Scottish Leaving Certificate Examination, 1960
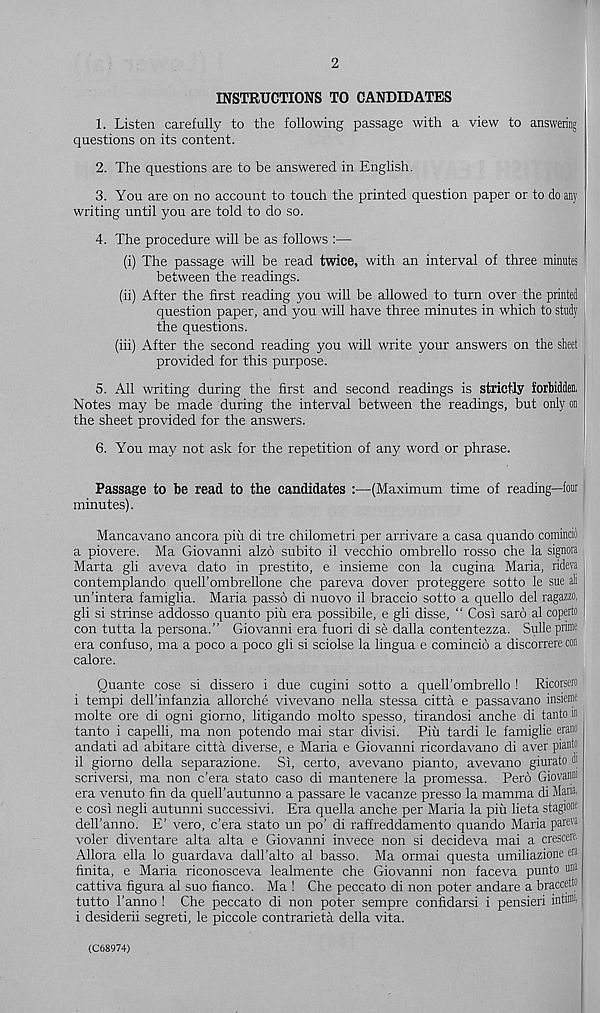
2
INSTRUCTIONS TO CANDIDATES
1. Listen carefully to the following passage with a view to answering
questions on its content.
2. The questions are to be answered in English.
3. You are on no account to touch the printed question paper or to do any
writing until you are told to do so.
4. The procedure will be as follows :—
(i) The passage will be read twice, with an interval of three minutes
between the readings.
(ii) After the first reading you will be allowed to turn over the printed
question paper, and you will have three minutes in which to study
the questions.
(iii) After the second reading you will write your answers on the sheet
provided for this purpose.
5. All writing during the first and second readings is strictly forbidden,
Notes may be made during the interval between the readings, but only on
the sheet provided for the answers.
6. You may not ask for the repetition of any word or phrase.
Passage to be read to the candidates :—(Maximum time of reading—fonr I
minutes).
Mancavano ancora piu di tre chilometri per arrivare a casa quando comincio
a piovere. Ma Giovanni alzo subito il vecchio ombrello rosso che la signora
Marta gli aveva dato in prestito, e insieme con la cugina Maria, rideva
contemplando quell’ombrellone che pareva dover proteggere sotto le sue all
un’intera famiglia. Maria passo di nuovo il braccio sotto a quello del ragazzo,
gli si strinse addosso quanto piix era possibile, e gli disse, “ Cosi saro al coperto
con tutta la persona.” Giovanni era fuori di se dalla contentezza. Sulle prime
era confuso, ma a poco a poco gli si sciolse la lingua e comincio a discorrere con
calore.
Quante cose si dissero i due cugini sotto a queH’ombrello ! Ricorsero
i tempi dell’infanzia allorche vivevano nella stessa citta e passavano insieme
molte ore di ogni giorno, litigando molto spesso, tirandosi anche di tanto m
tan to i capelli, ma non potendo mai star divisi. Piii tardi le famiglie erano
andati ad abitare citta diverse, e Maria e Giovanni ricordavano di aver pianto
il giorno della separazione. Si, certo, avevano pianto, avevano giurato m
scriversi, ma non c’era state caso di mantenere la promessa. Pero Giovanni
era venuto fin da quell’autunno a passare le vacanze presso la mamma di Maria,
e cosi negli autunni successivi. Era quella anche per Maria la piu lieta stagw®
dell’anno. E’ vero, c’era stato un po’ di raffreddamento quando Maria pare'' 3
voler diventare alta alta e Giovanni invece non si decideva mai a crescere,
Allora ella lo guardava dall’alto al basso. Ma ormai questa umiliazione era
finita, e Maria riconosceva lealmente che Giovanni non faceva punto t®
cattiva figura al suo fianco. Ma ! Che peccato di non poter andare a braccettn
tutto 1’anno ! Che peccato di non poter sempre confidarsi i pensieri intu®,
i desiderii segreti, le piccole contrarieta della vita.
(C68974)